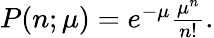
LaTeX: \begin{array}{r}{P(n;\mu)=e^{-\mu}\frac{\mu^{n}}{n!}.}\end{array}